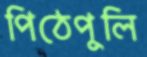
পিঠেপুলি